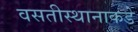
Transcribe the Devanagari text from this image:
वसतीस्थानाकडे